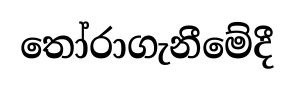
තෝරාගැනීමේදී